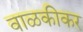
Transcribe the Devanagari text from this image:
वाळकीकर